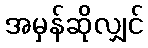
အမှန်ဆိုလျှင်